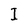
Character: I